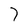
Character: 7